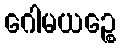
ဂေါမယဉ္စေ